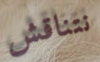
نتناقش